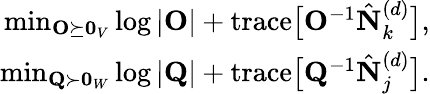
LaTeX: \begin{array}{r}{\operatorname*{min}_{\mathbf{O}\succeq\mathbf{0}_{V}}\log\vert\mathbf{O}\vert+\mathrm{trace}\big[\mathbf{O}^{-1}\hat{\mathbf{N}}_{k}^{(d)}\big],}\\ {\operatorname*{min}_{\mathbf{Q}\succ\mathbf{0}_{W}}\log\vert\mathbf{Q}\vert+\mathrm{trace}\big[\mathbf{Q}^{-1}\hat{\mathbf{N}}_{j}^{(d)}\big].}\end{array}